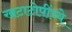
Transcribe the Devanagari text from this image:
खटाटोपींध्ये